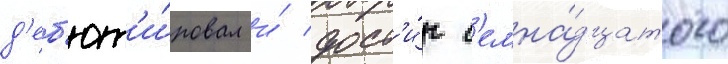
д'еб'ют'и́ровал и́ дост'и́г с'емна́дцатого